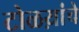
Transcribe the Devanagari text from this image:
टोळय़ांचे